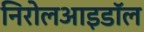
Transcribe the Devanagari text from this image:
निरोलआइडॉल